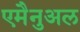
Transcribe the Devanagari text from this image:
एमैनुअल